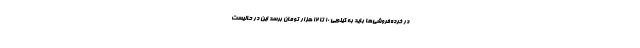
در خرده‌فروشی‌ها باید به کیلویی 10 تا 12 هزار تومان برسد این در حالیست